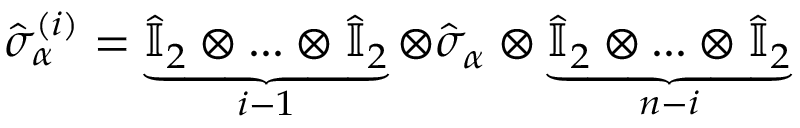
\hat { \sigma } _ { \alpha } ^ { ( i ) } = \underbrace { \hat { \mathbb { I } } _ { 2 } \otimes . . . \otimes \hat { \mathbb { I } } _ { 2 } } _ { i - 1 } \otimes \hat { \sigma } _ { \alpha } \otimes \underbrace { \hat { \mathbb { I } } _ { 2 } \otimes . . . \otimes \hat { \mathbb { I } } _ { 2 } } _ { n - i }